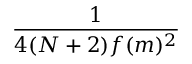
\frac { 1 } { 4 ( N + 2 ) f ( m ) ^ { 2 } }